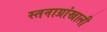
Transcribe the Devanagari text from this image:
स्तनाग्रांखाली